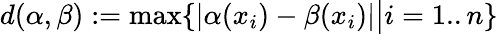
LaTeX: d(\alpha,\beta):=\operatorname*{max}\{ |\alpha(x_{i})-\beta(x_{i})|{\bigl\vert}i=1..n\}